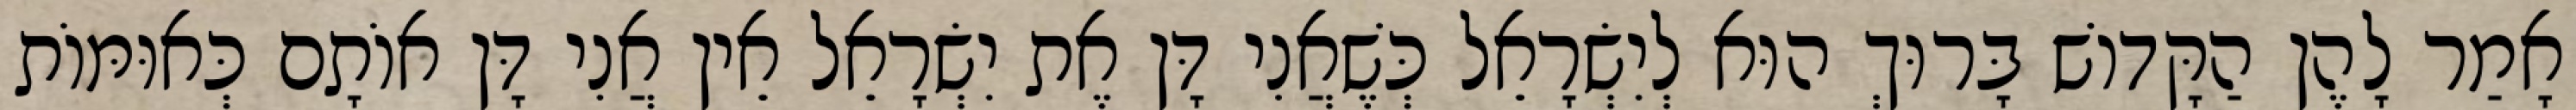
אָמַר לָהֶן הַקָּדוֹשׁ בָּרוּךְ הוּא לְיִשְׂרָאֵל כְּשֶׁאֲנִי דָּן אֶת יִשְׂרָאֵל אֵין אֲנִי דָּן אוֹתָם כְּאוּמּוֹת